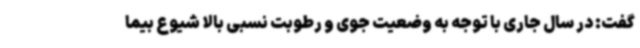
گفت: در سال جاری با توجه به وضعیت جوی و رطوبت نسبی بالا شیوع بیما